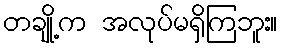
တချို့က အလုပ်မရှိကြဘူး။